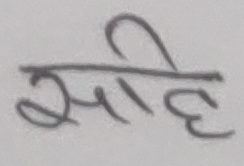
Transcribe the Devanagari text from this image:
सिंह